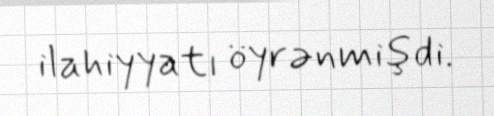
ilahiyyatı öyrənmişdi.